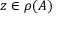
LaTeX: z \in \rho ( A )